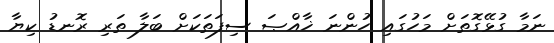
ނަމާ ގުޅޭގޮތަށް މަހުގައި ހުންނަ ޚާއްޞަ ސިފަތަކަށް ބަލާ ތަރި ރޮނޑު ކިޔާ